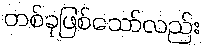
တစ်ခုဖြစ်သော်လည်း